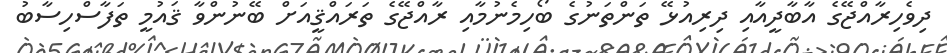
ދިވެހިރާއްޖޭގެ އާބާދީއާއި ދިރިއުޅޭ ތަންތަނުގެ ބޯހިމެނުމާއި ރާއްޖޭގެ ތަރައްޤީއަށް ބޭނުންވާ ޤައުމީ ތަފާސްހިސާބު